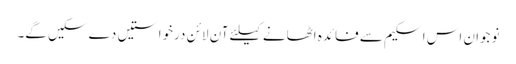
نوجوان اس اسکیم سے فائدہ اٹھانے کیلئے آن لائن درخواستیں دے سکیں گے۔